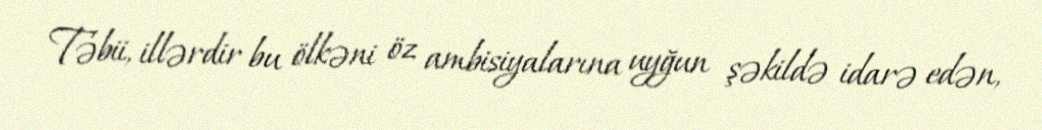
Təbii, illərdir bu ölkəni öz ambisiyalarına uyğun şəkildə idarə edən,